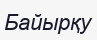
Байырқу